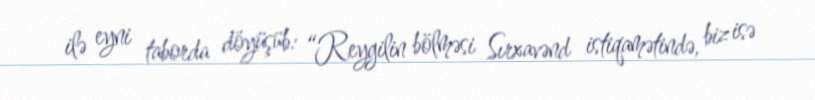
ilə eyni taborda döyüşüb: “Reygilin bölməsi Sırxavənd istiqamətində, biz isə